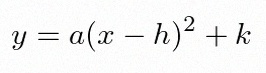
y=a(x-h)^2+k